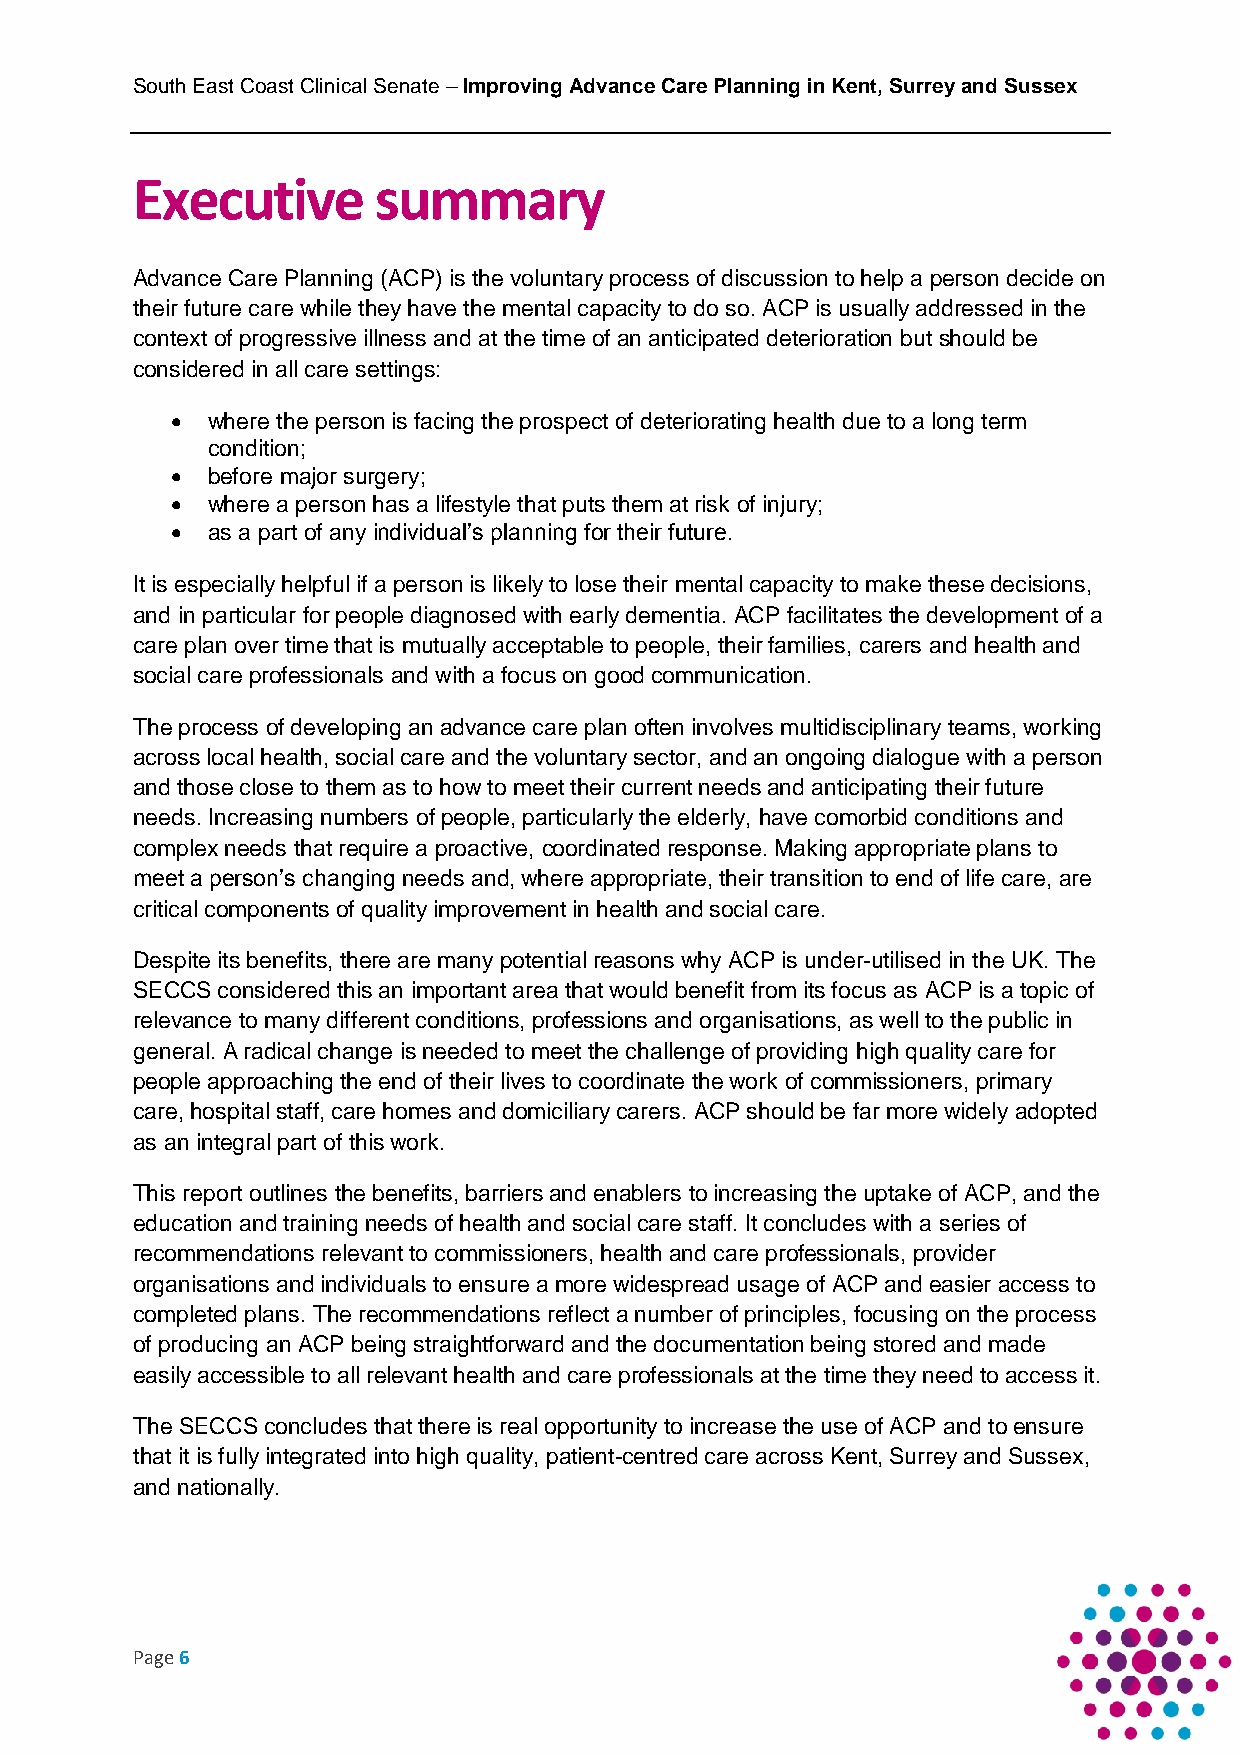
South East Coast Clinical Senate – Improving Advance Care Planning in Kent, Surrey and Sussex
 Executive       summary
 Advance Care Planning (ACP) is the voluntary process of discussion to help a person decide on
 their future care while they have the mental capacity to do so. ACP is usually addressed in the
 context of progressive illness and at the time of an anticipated deterioration but should be
 considered in all care settings:
   where the person is facing the prospect of deteriorating health due to a long term
 condition;
   before major surgery;
   where a person has a lifestyle that puts them at risk of injury;
   as a part of any individual’s planning for their future.
 It is especially helpful if a person is likely to lose their mental capacity to make these decisions,
 and in particular for people diagnosed with early dementia. ACP facilitates the development of a
 care plan over time that is mutually acceptable to people, their families, carers and health and
 social care professionals and with a focus on good communication.
 The process of developing an advance care plan often involves multidisciplinary teams, working
 across local health, social care and the voluntary sector, and an ongoing dialogue with a person
 and those close to them as to how to meet their current needs and anticipating their future
 needs. Increasing numbers of people, particularly the elderly, have comorbid conditions and
 complex needs that require a proactive, coordinated response. Making appropriate plans to
 meet a person’s changing needs and, where appropriate, their transition to end of life care, are
 critical components of quality improvement in health and social care.
 Despite its benefits, there are many potential reasons why ACP is under-utilised in the UK. The
 SECCS considered this an important area that would benefit from its focus as ACP is a topic of
 relevance to many different conditions, professions and organisations, as well to the public in
 general. A radical change is needed to meet the challenge of providing high quality care for
 people approaching the end of their lives to coordinate the work of commissioners, primary
 care, hospital staff, care homes and domiciliary carers. ACP should be far more widely adopted
 as an integral part of this work.
 This report outlines the benefits, barriers and enablers to increasing the uptake of ACP, and the
 education and training needs of health and social care staff. It concludes with a series of
 recommendations relevant to commissioners, health and care professionals, provider
 organisations and individuals to ensure a more widespread usage of ACP and easier access to
 completed plans. The recommendations reflect a number of principles, focusing on the process
 of producing an ACP being straightforward and the documentation being stored and made
 easily accessible to all relevant health and care professionals at the time they need to access it.
 The SECCS concludes that there is real opportunity to increase the use of ACP and to ensure
 that it is fully integrated into high quality, patient-centred care across Kent, Surrey and Sussex,
 and nationally.
 Page 6